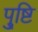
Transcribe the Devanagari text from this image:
पु्ष्टि